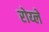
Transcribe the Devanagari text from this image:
रोय्ले